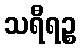
သရီရဉ္စ